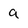
Character: a